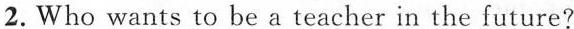
2. Who wants to be a teacher in the future?